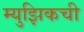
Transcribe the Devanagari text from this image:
म्युझिकची